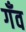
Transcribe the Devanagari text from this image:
गँव